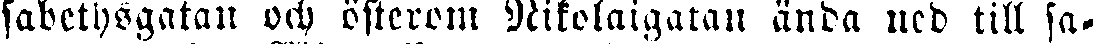
sabethsgatan och österom Nikolaigatan ända ned till sa-